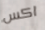
اكس